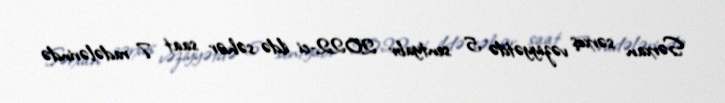
Sərxan sərxoş vəziyyətdə 5 sentyabr 2022-ci ildə səhər saat 7 radələrində